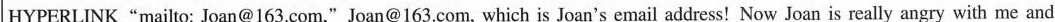
HYPERLINK"mailto: Joan@163.Com,"Joan@163.Com, which is Joan's email address!Now Joan is really angry with me and